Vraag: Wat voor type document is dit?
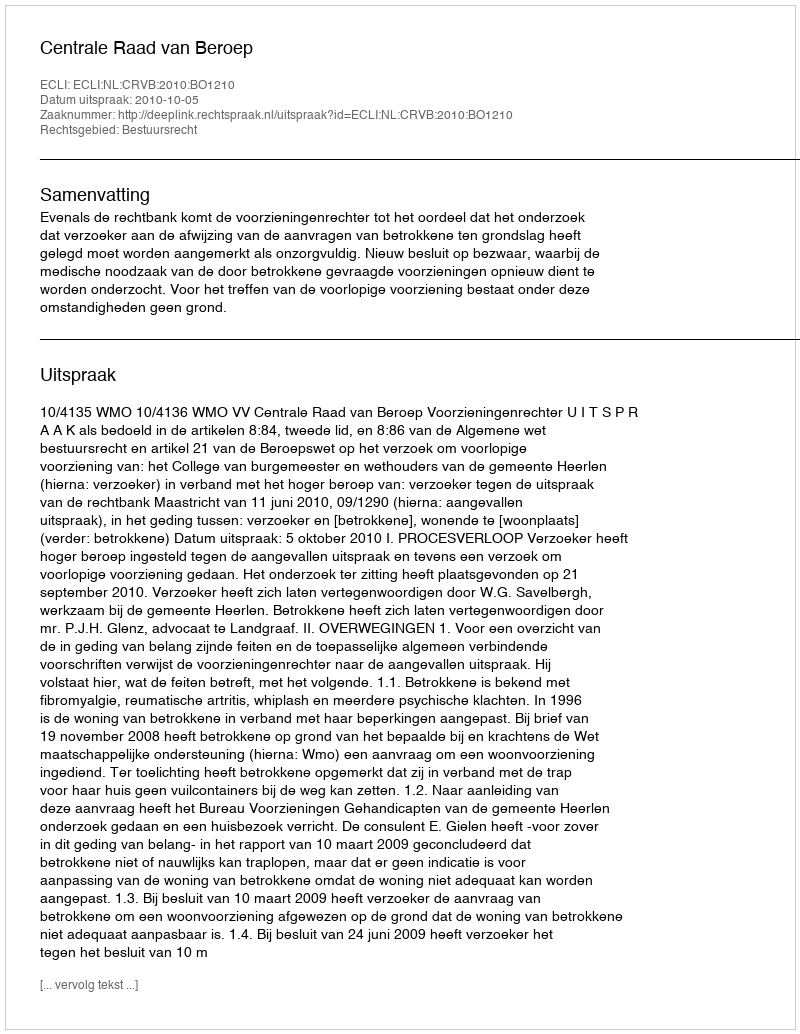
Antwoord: Uitspraak